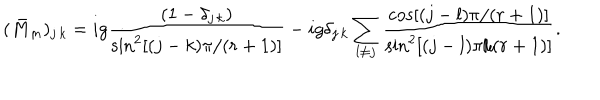
( \bar { M } _ { m } ) _ { j \, k } = i g { \frac { ( 1 - \delta _ { j \, k } ) } { \sin ^ { 2 } [ ( j - k ) \pi / ( r + 1 ) ] } } - i g \delta _ { j \, k } \sum _ { l \ne j } { \frac { \cos [ ( j - l ) \pi / ( r + 1 ) ] } { \sin ^ { 2 } [ ( j - l ) \pi / ( r + 1 ) ] } } .